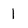
Character: 1